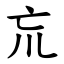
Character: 巟